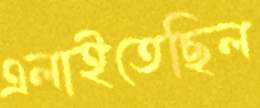
এলাইতেছিল